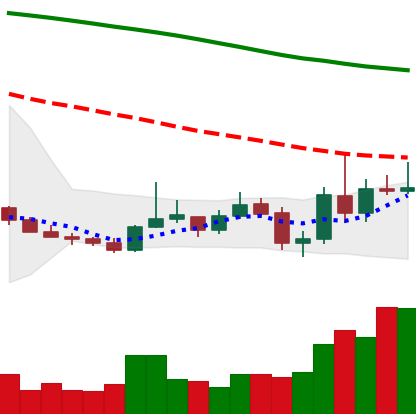
Ticker: XMR-USD
Chart end date: 2019-10-29
Forward return: 6.019%
Label: up_5_7